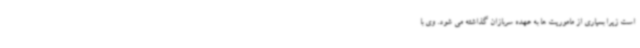
است زیرا بسیاری از ماموریت ها به عهده سربازان گذاشته می شود. وی با